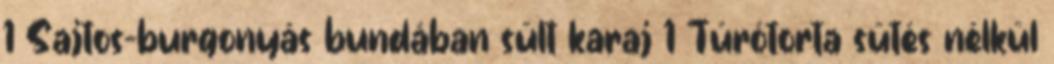
1 Sajtos-burgonyás bundában sült karaj 1 Túrótorta sütés nélkül